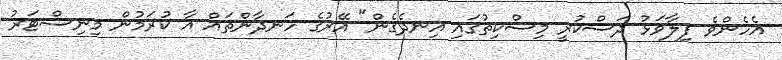
އެހެންވެ ފިލާވަޅު ދަސްކުރީ މިސްކިތުގައި އިނދެގެން" އޭރުގެ ހަނދާންތައް އާ ކުރަމުން މިނިސްޓަރު